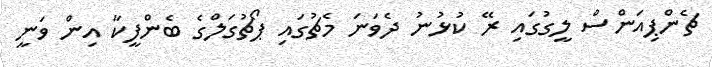
ޗެންޕިއަންސް ލީގުގައި ރޭ ކުޅުނު ދެވަނަ މެޗުގައި ޕޯޗުގަލްގެ ބެންފީކާ އިން ވަނީ